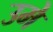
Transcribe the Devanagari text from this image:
उमे